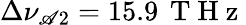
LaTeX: \Delta\nu_{\mathscr{A}2}=15.9\, \mathrm{{~T~H~z~}}